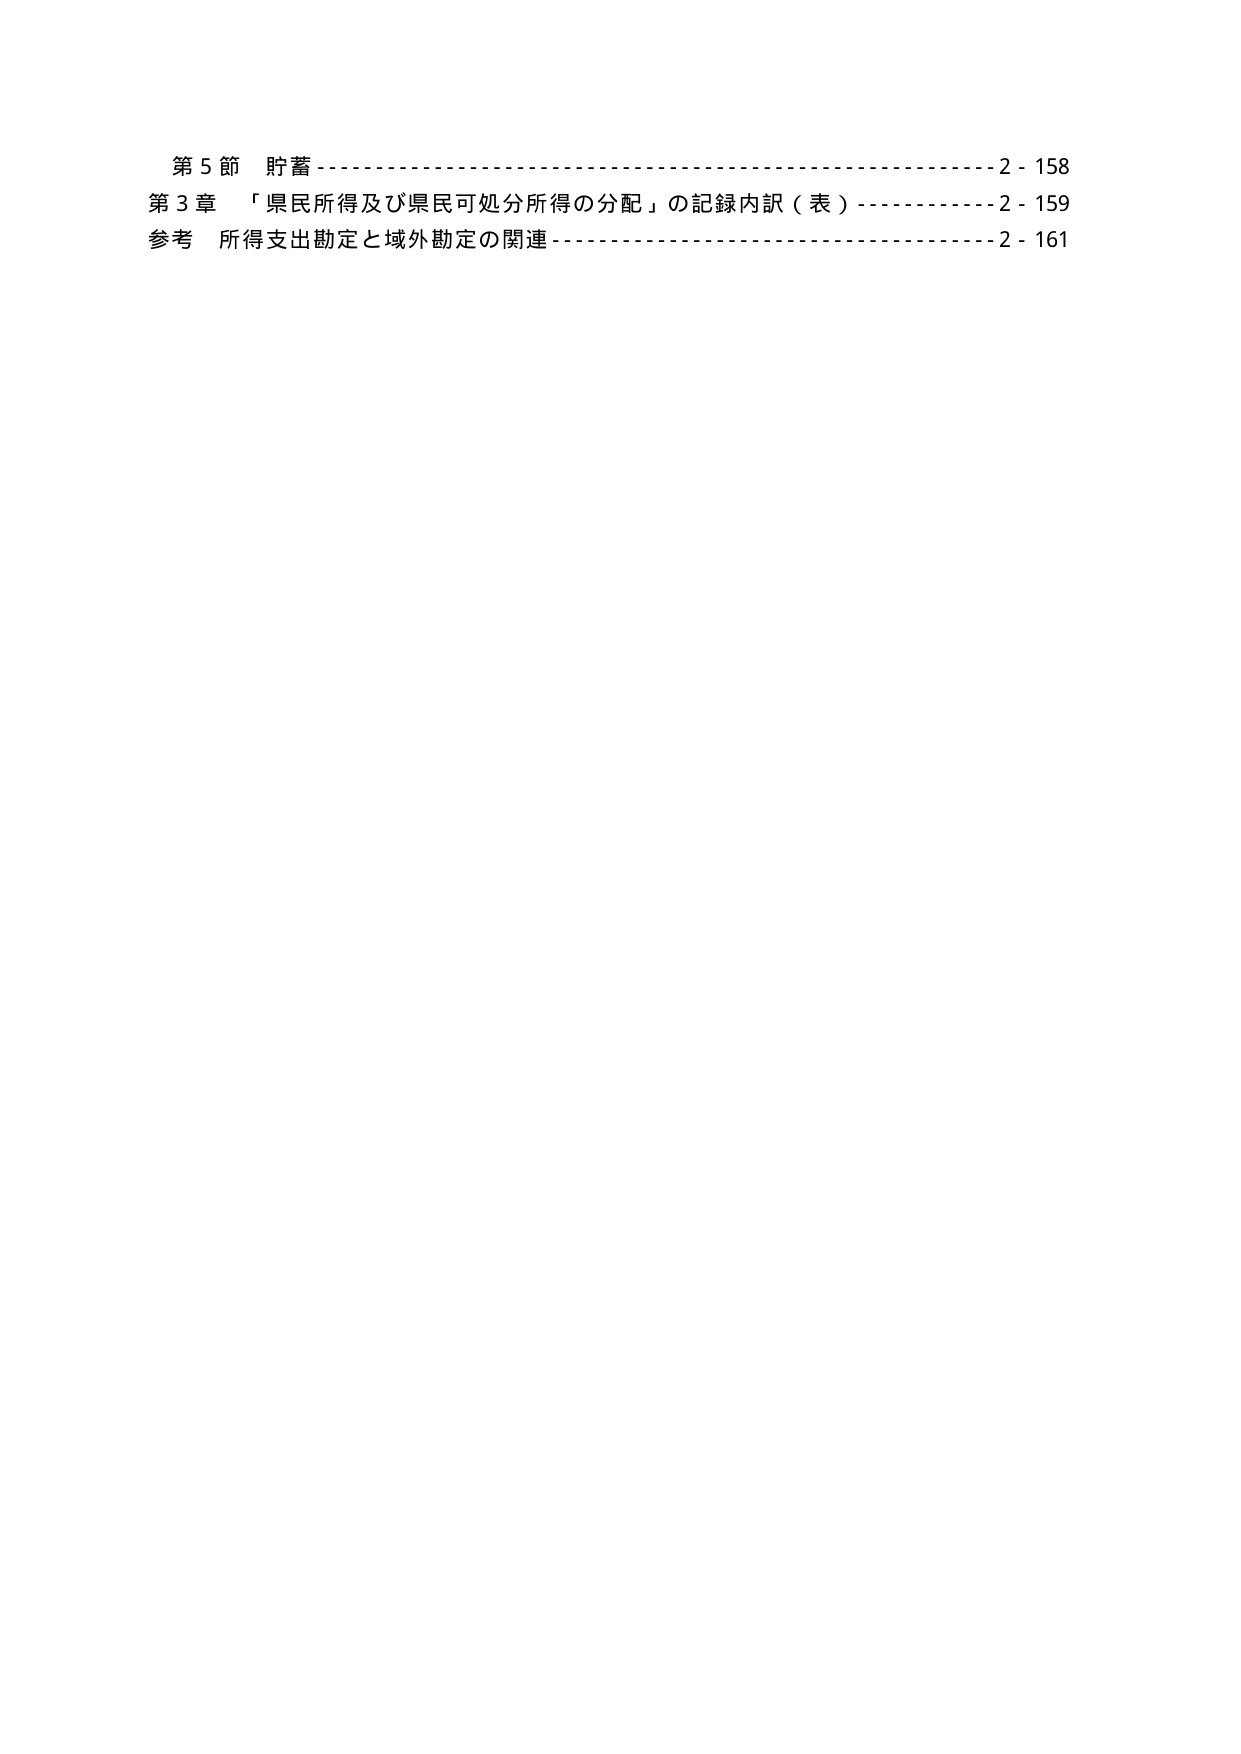
第５節 貯蓄…………………………………………………………2 - 158
第３章 「県民所得及び県民可処分所得の分配」の記録内訳（表）…………2 - 159
参考 所得支出勘定と域外勘定の関連……………………………………2 - 161